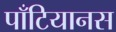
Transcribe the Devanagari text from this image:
पाँटियानस